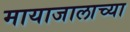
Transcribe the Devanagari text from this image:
मायाजालाच्या